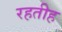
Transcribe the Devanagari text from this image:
रहतीह